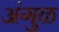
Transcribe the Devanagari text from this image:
अंगुळ